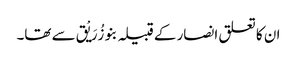
ان کا تعلق انصار کے قبیلہ بنو زُرَیْق سے تھا۔